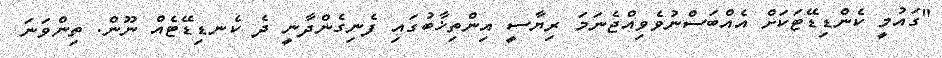
"ގައުމީ ކެންޑިޑޭޓަކަށް އެއްބަސްނުވެވިއްޖެނަމަ ރިޔާސީ އިންތިޚާބުގައި ފެނިގެންދާނީ ދެ ކެނޑިޑޭޓެއް ނޫން. ތިންވަނަ